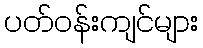
ပတ်ဝန်းကျင်များ